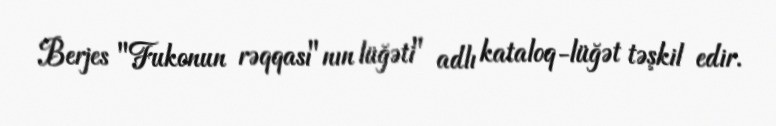
Berjes "Fukonun rəqqası"nın lüğəti" adlı kataloq-lüğət təşkil edir.